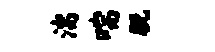
湍喘脱